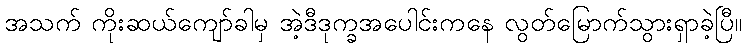
အသက် ကိုးဆယ်ကျော်ခါမှ အဲ့ဒီဒုက္ခအပေါင်းကနေ လွတ်မြောက်သွားရှာခဲ့ပြီ။